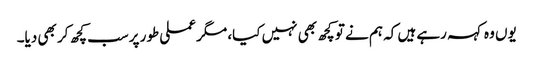
یوں وہ کہہ رہے ہیں کہ ہم نے تو کچھ بھی نہیں کیا، مگر عملی طور پرسب کچھ کر بھی دیا۔